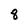
Character: 8